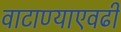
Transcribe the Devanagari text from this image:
वाटाण्याएवढी